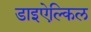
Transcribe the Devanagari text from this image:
डाइऐल्किल